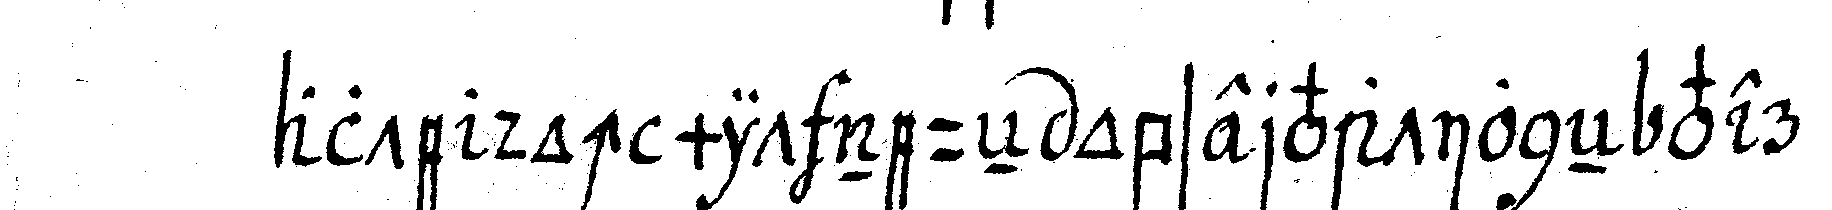
alte doch mit neueN observationeN ver